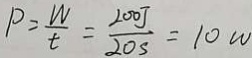
P = \frac { W } { t } = \frac { 2 0 0 J } { 2 0 s } = 1 0 w